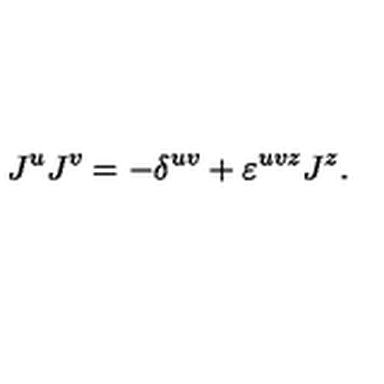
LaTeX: J ^ { u } J ^ { v } = - \delta ^ { u v } + \varepsilon ^ { u v z } J ^ { z } .